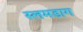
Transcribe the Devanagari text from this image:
स्लमडाग